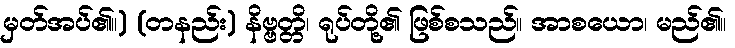
မှတ်အပ်၏။) (တနည်း) နိဗ္ဗတ္တိ၊ ရုပ်တို့၏ ဖြစ်စသည်။ အာစယော၊ မည်၏။